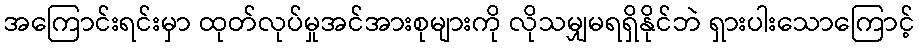
အကြောင်းရင်းမှာ ထုတ်လုပ်မှုအင်အားစုများကို လိုသမျှမရရှိနိုင်ဘဲ ရှားပါးသောကြောင့်